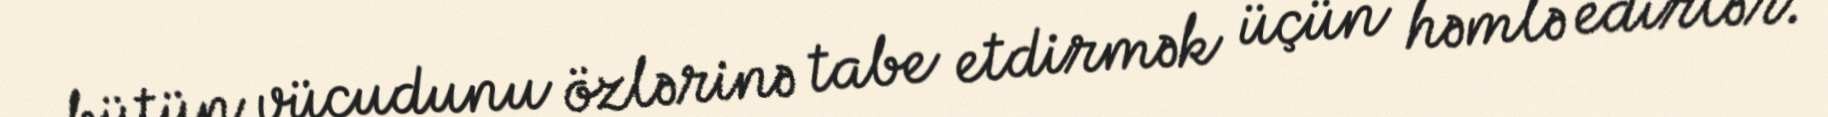
bütün vücudunu özlərinə tabe etdirmək üçün həmlə edirlər.